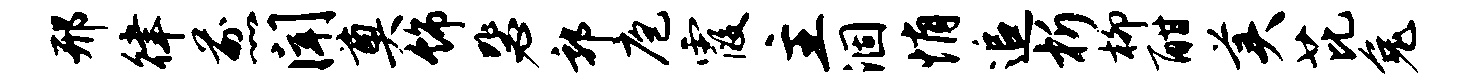
邢律煎闻奠饰毖郭庖霞主涸悄追析柳酣美芘兔